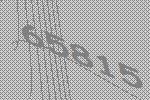
65815